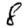
Digit: 8